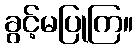
ခွင့်မပြုကြ။